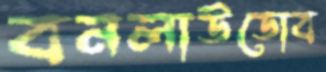
বনলাউডোব